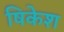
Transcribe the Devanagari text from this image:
षिकेश